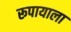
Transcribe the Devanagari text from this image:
रूपायाला